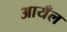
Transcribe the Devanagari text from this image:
आयँल